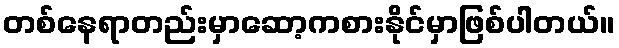
တစ်နေရာတည်းမှာဆော့ကစားနိုင်မှာဖြစ်ပါတယ်။